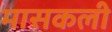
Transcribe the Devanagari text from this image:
मासकली